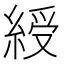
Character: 綬